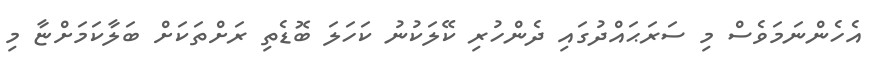
އެހެންނަމަވެސް މި ސަރަޙައްދުގައި ދެންހުރި ކޭލަކުނު ކަހަލަ ބޮޑެތި ރަށްތަކަށް ބަލާކަމަށްޏާ މި